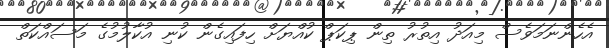
އެހެންނަމަވެސް މިއަދު އިތުރު ތިން ޕިކަޕް ކުއްޔަށް ހިފައިގެން ކުނި އުކާލުމުގެ މަސައްކަތް